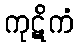
ကုဋိကံ